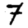
Digit: 7